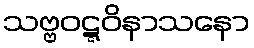
သဗ္ဗဝဋ္ဋဝိနာသနော